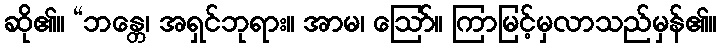
ဆို၏။ “ဘန္တေ၊ အရှင်ဘုရား။ အာမ၊ ဩော်။ ကြာမြင့်မှလာသည်မှန်၏။